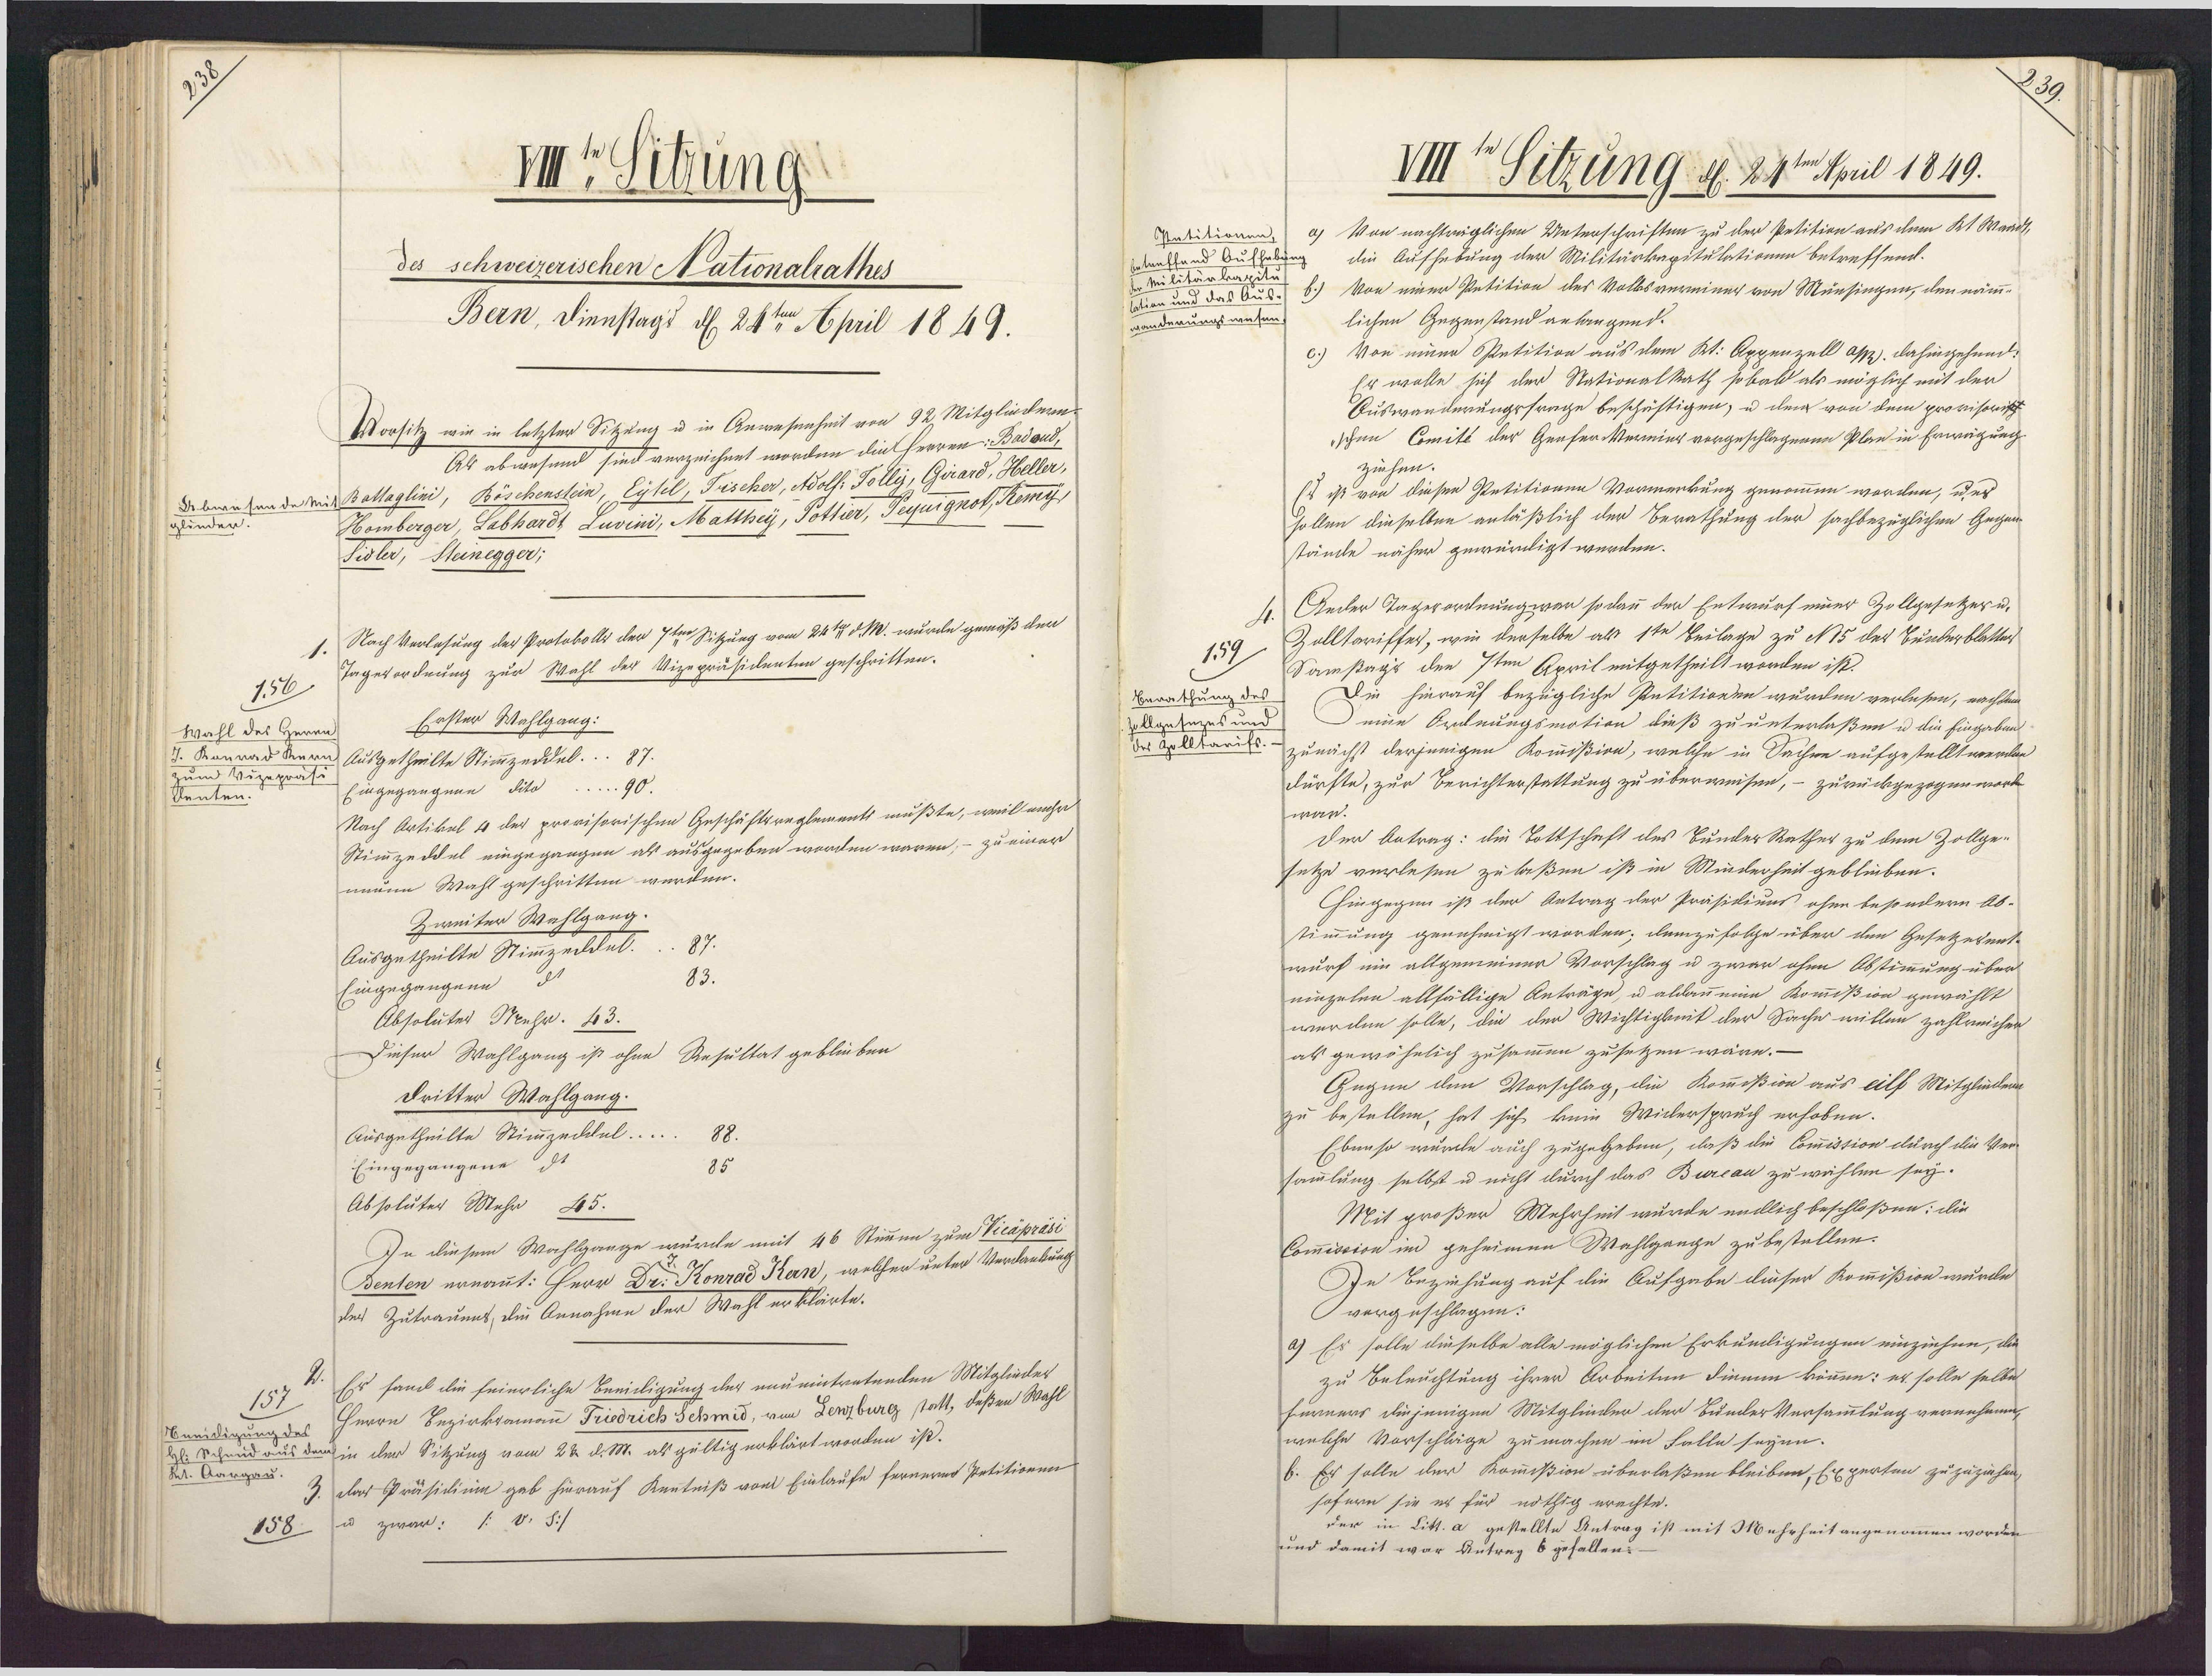
95
ISitzung
des schweizerischen Nationalrathes
Bern, Dienstags dh. 24ten April 1849.
Vorcsitz vin in letzten Sitzen u. in Anwesenheit von 32 Mitgliederen
Ab abmesend sind verzeichnet worden diet Heren Been,
Dabnenhanderein Balteglin, Böschenslen, Eytel, Füscher, Adolf. Pollig, Gerard, Heller.
Hbomberger, Dabhardt Zuvind, Mbatthey, Pottir, Geqgurgnot Remehr
glinden.
Sidler, Steinegger,
Nach Verlesung der Protokolls der 7te Sitzŭng vom 24te d. M. wurde gemäß der
Tagesordnung zur Wahl der Vizepräsidenten geschritten.
156
Erster Wahlgang:
Wahl des Herrn
3. Man nad Kern Ausgetheilte Stimmzeddal. 87
zum Vizepraf.
Eingegangene dito
kenten.
Nach Artikel 4 der provisorischen Geschäftsreglements mußte, weil mehr
Stimzeldel eingegangen als ausgegeben worden waren, - zu einer
menn Wahl geschritten werden.
Zweiter Wahlgang.
Ausgetheilte Stimzeidal.
Eingegangene d
Absoluter Mehr. 43.
Dieser Wahlgang ist ohne Resultat geblieben
Dritter Wahlgang.
Ausgetheilte Stimzedchel
Eingegangene dt
Absolŭter Mehr B5.
In diesem Wahlgange wurde mit 46 Stimm zum Vieapräse
7.
Benten ernannt: Herr Dr. Konrad Kan, welcher unter Verlankung
der Zutraumt, die Annahme der Wahl erklärte.
Er sand die feierliche Beeidligung der neueintretenden Mitglieder
157
Herrn Bezirksamann Friedrich Schmid, von Herzburg statt, deßen Wahl
Bbeeidigung des
Hschend aus den in der Sitzung vom 22. d. M. als gültig erklärt worden ist.
Set. Aargau
dar Präsidium gab hierauf Kentniß von Einlaufe ferneres Petitionen
u zwar: /: V. S./
158.

Ostutitionen,
betreffend Aufhebgng
dr Militärkrapit
Wtien und das Aus¬
vänderungswese.
159
Berathung des
Zollgesezes um
der Golltarifs

3.
VIII Sitzung d. 31ten Apil 1849.
Von nachträglichen Unterschriften zu der Petition aus dem Kt Waad¬
die Aufhebung der Militärkapitulationen betreffend.
von einer Petition des Volksvereiner von Münsingen, den nämm-
lichen Gegenstand anlangend:
Von einer Ssetition aus dem Kt. Appenzell Ap. dahingehund.
Er wolle sich der NationalRath sobald als möglich mit der
Auswanderungsfrage beschäftigen, u dem von dem provisoris
schen Comité der GeaserVernier vorgeschlagenen Plan in Erwägung
ziehen.
Es ist von dieser Petitionen Vormerkung genommen worden, u. es
sollen dieselben anläßlich der Berathung der sachbezüglichen Gegen¬
stände näher gewürdigt werden.
Aeder Tagerordnung war so dann den Entwurf einer Zollgesetzer u.
Zolltariffes, wie derselbe als 1te Beilage zu N 15 des Bunderblatter
Samsagi den 7ten April mitgetheilt worden ist.
Die hierauf bezügliche Petitionen wurden verlesen, nachtem
eine Ordnungsmotion dieß zu unterlaßen u die Eingabens
zunächst derjenigen Kommißion, welche in Sachee aufgestellt werden
dürfte, zur Berichterstattung zu überweisen, - zurückgezogen work.
war.
Der betrag: die Tottschaft des Bunder Rather zu dem Zollge¬
setze verlesen zu laßen ist in Minderheit geblieben.
Ehingegen ist der Antrag der Präsidiums ohne besondern Ab¬
stimmung genehmigt worden; demzufolge über den Gesetzesent¬
wurf ein altgemeiner Vorschlag u zwar ohne Obstimmung über
ninzelee allfällige Anträge, u allau eine Kommißion gewählt
werden solle, die der Wichtigkeit der Sache willen zahlreichen
al gewöhnlich zusammen zusetzen wäre. —
Gegnn den Vorschlag, die Kommißion aus eilf Mitglieden
zu bestellen, hat sich kein Wiclerspruch erhoben.
Ebenso wurde auch zugegeben, daß die Commission durch die Ver¬
sammlung selbst u nicht durch das Burcau zu wählen sey.
Mit großer Mehrheit wurde endlich beschloßen: die
Comission im geheimen Wahlgange zubestellen.
Dn Beziehung auf die Aufgabe dieser Kommißion wurde
vergeschlagen:
9) Es solle dieselbe alle möglichen Erkundigungen einziehen, da
zu Beleuchtung ihrer Arbeiten dienen können: er solle selbe
furmers diejenigen Mitglieder der BunderVersammlung vernehmen
welche Vorschläge zumachen im Falle seynn.
b. Es solle der Kommißion überlaßen bleiben, Experten zu zuziehen.
sofern sie es für nöthig erachte.
der in Litt. a gestellte Antrag ist mit Muhrheit angenommen worden
und damit war Antrag 6 gefallen?